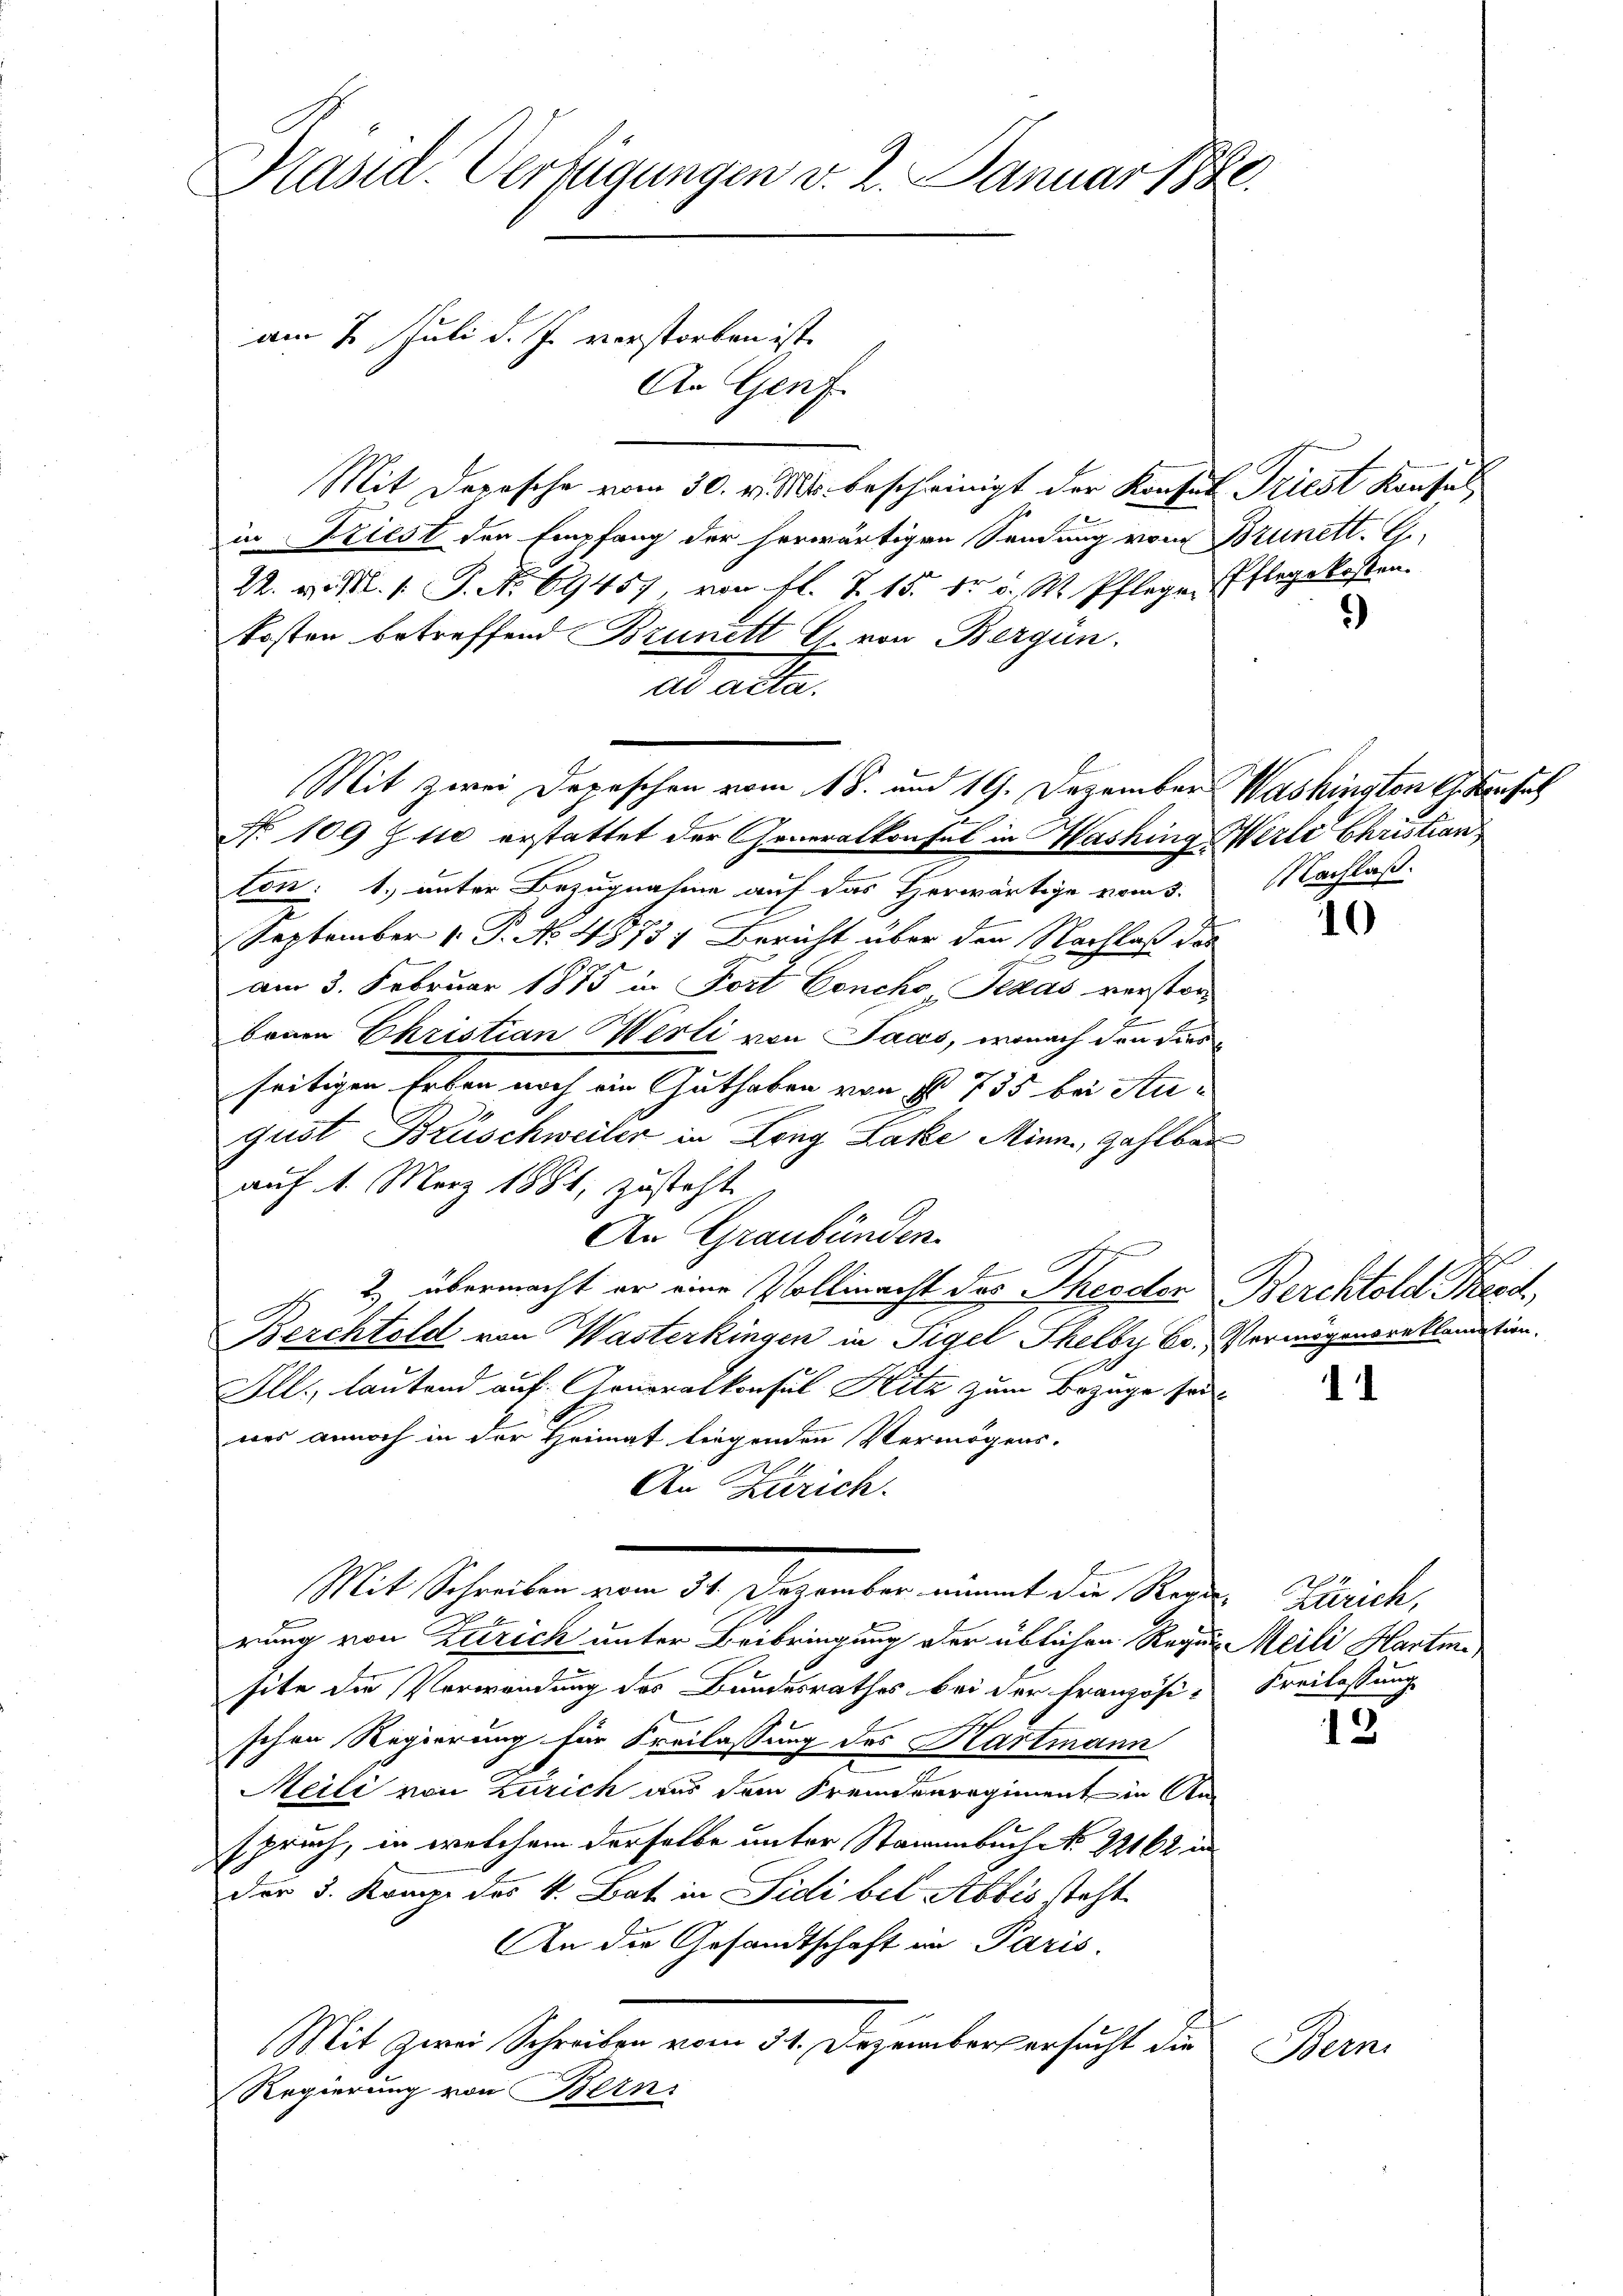
Präsid. Verfügungen v. 2. Januar 1886.

Mit Depesche vom 30. v. Ms. bescheinigt der Konsul Triest Konsul
in Friest den Empfang der herwärtigen Sendung vom Brunett. E
A. v. 19. No 69457 von fl. Z. 15. dr. v. M. Pfleger Pflegekosten.
kosten betreffend Brunett G. von Bergün
dd acta.
Mit zwei Depeschen vom 18. und 19. Dezember Washington Gese
No 109 Z. 110 erstattet der Generalkonsul in Washingerli Christian
ton: 1. unter Bezugnahme auf das erwärtige vom 3. Nachlaß.
September 1. P. No. 4575; Bericht über den Nachlaß das
am 3. Februar 1875 in Fort Concho Texas versterbenen Ehristian erli von Saas, wonach den diesseitigen Erben noch ein Guthaben von No 735 bei August Brüschweiler in Long Lake Minn, zahlbar
auf 1. März 1881, zusteht.
An Graubünden.
 815
2) übermacht er eine Vollmacht des Theodor Berchtold Pesd,
Berchtold von Wasterkingen in Sigel Thelby Co. Vermögensreklamation.
All., lautend auf Generalkonsul Hitz zum Bezüge sei
was annoch in der Heimat liegenden Vermögens-
An Zürich.
Mit Schreiben vom 31. Dezember nimmt der Stadt Zürich,
2 x
rung von Zürich unter Beibringung der üblichen Regen Meili Hartin
site die Verwendung des Bundesrathes bei der Französi-Freilassung
schen Regierung für Freilassung des Hartmann
Meili von Zürich aus dem Fremdenregiment in Anspruch, in welchem derselbe unter Stamenbuch No. 22162 in
der 3. Krage des k. Bat in Sidi bel Abbis steht
An die Gesandtschaft im Paris.
Mit Zwei Schreiben vom 31. Dezember ersucht die
Regierung von Bern

am 7. Juli d. J. verstorben ist.

An Genf.

)

10

he

1

Bern

13